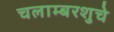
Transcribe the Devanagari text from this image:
चलाम्बरशुचे